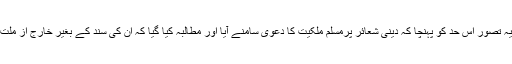
دین و ریاست کی ملکیت کا یہ تصور اس حد کو پہنچا کہ دینی شعائر پرمسلم ملکیت کا دعویٰ سامنے آیا اور مطالبہ کیا گیا کہ ان کی سند کے بغیر خارج از ملت انہیں اختیار نہیں کر سکتے۔